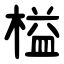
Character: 榏